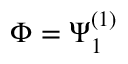
\Phi = \Psi _ { 1 } ^ { ( 1 ) }